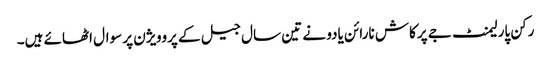
رکن پارلیمنٹ جے پرکاش نارائن یادو نے تین سال جیل کے پروویژن پر سوال اٹھائے ہیں۔